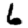
Digit: 6